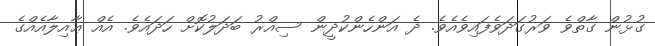
ގުޅުން ގާތްވެ ވަރުގަދަވެފައިވެއެވެ. ދެ އަންހެންކުދީން ސިއްރު ބަދަލުކޮށް ހަދައެވެ. އެއް ޢާއިލާއެއްގެ